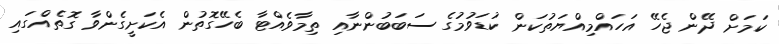
ކަމަށް ދޭން ޖެހޭ އަހައްމިއްޔަތުކަން ކުޑަވުމުގެ ސަބަބުންނާއި ތިމާވެއްޓާ ބެހޭގޮތުން އެކަށީގެންވާ ގޮތެއްގައި